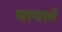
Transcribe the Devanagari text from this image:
बावले